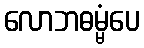
လောဘဓမ္မံပေ